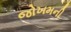
જોખમની